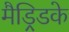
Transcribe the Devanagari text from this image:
मैड्रिडके